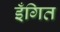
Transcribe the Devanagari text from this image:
इँगित